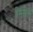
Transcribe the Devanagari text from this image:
पिमेंटेल